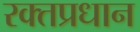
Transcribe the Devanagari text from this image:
रक्तप्रधान